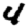
Digit: 4